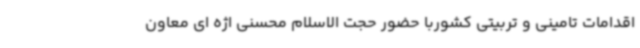
اقدامات تامینی و تربیتی کشوربا حضور حجت الاسلام محسنی اژه ای معاون